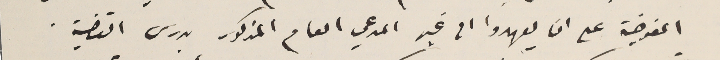
المفوضية على ان يعهدوا الى غير المدعي العام المذكور بدرس القضية.